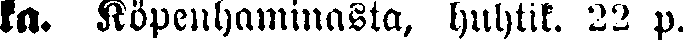
ka. Köpenhaminasta, huhtik. 22 p.